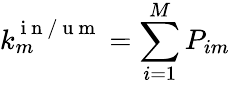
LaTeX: k_{m}^{\mathrm{~i~n~/~u~m~}}=\sum_{i=1}^{M}P_{im}